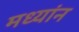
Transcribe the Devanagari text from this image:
मध्यांन